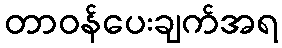
တာဝန်ပေးချက်အရ